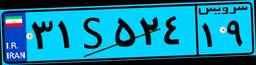
۳۱S۵۲۴۱۹